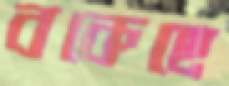
বকেছে